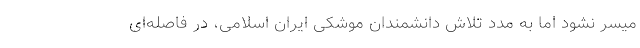
میسر نشود اما به مدد تلاش دانشمندان موشکی ایران اسلامی، در فاصله‌ای